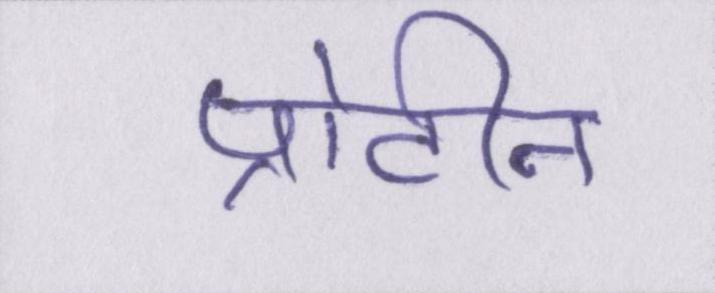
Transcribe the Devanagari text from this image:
प्रोटीन